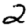
Digit: 2